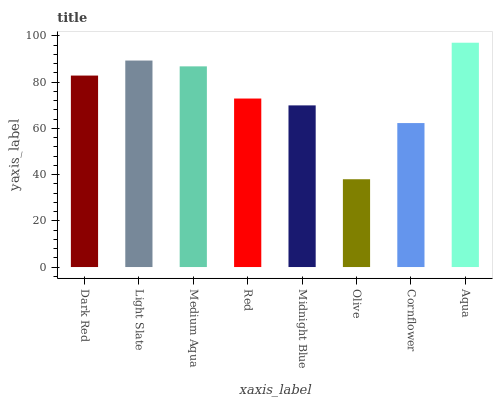
| xaxis_label | bars |
 | --- | --- |
 | Dark Red | 82.8 |
 | Light Slate | 89.3 |
 | Medium Aqua | 86.8 |
 | Red | 72.9 |
 | Midnight Blue | 69.9 |
 | Olive | 38 |
 | Cornflower | 62.2 |
 | Aqua | 97 |